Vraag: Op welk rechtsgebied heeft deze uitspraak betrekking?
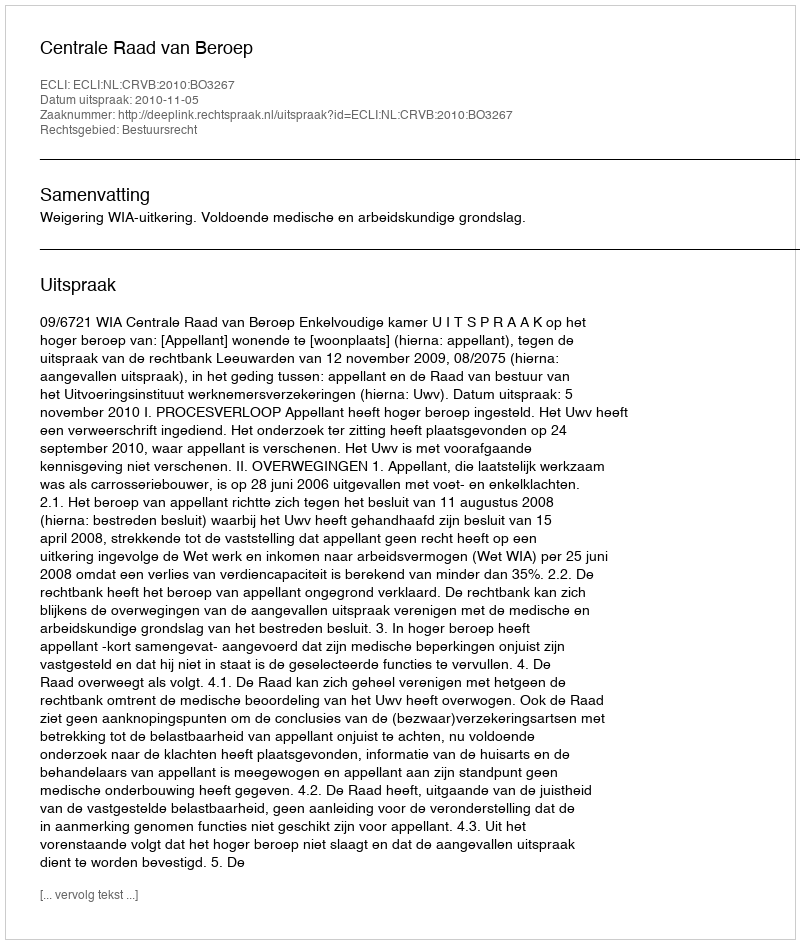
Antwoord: Bestuursrecht